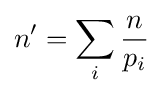
n'=\sum _{i}{\frac {n}{p_{i}}}